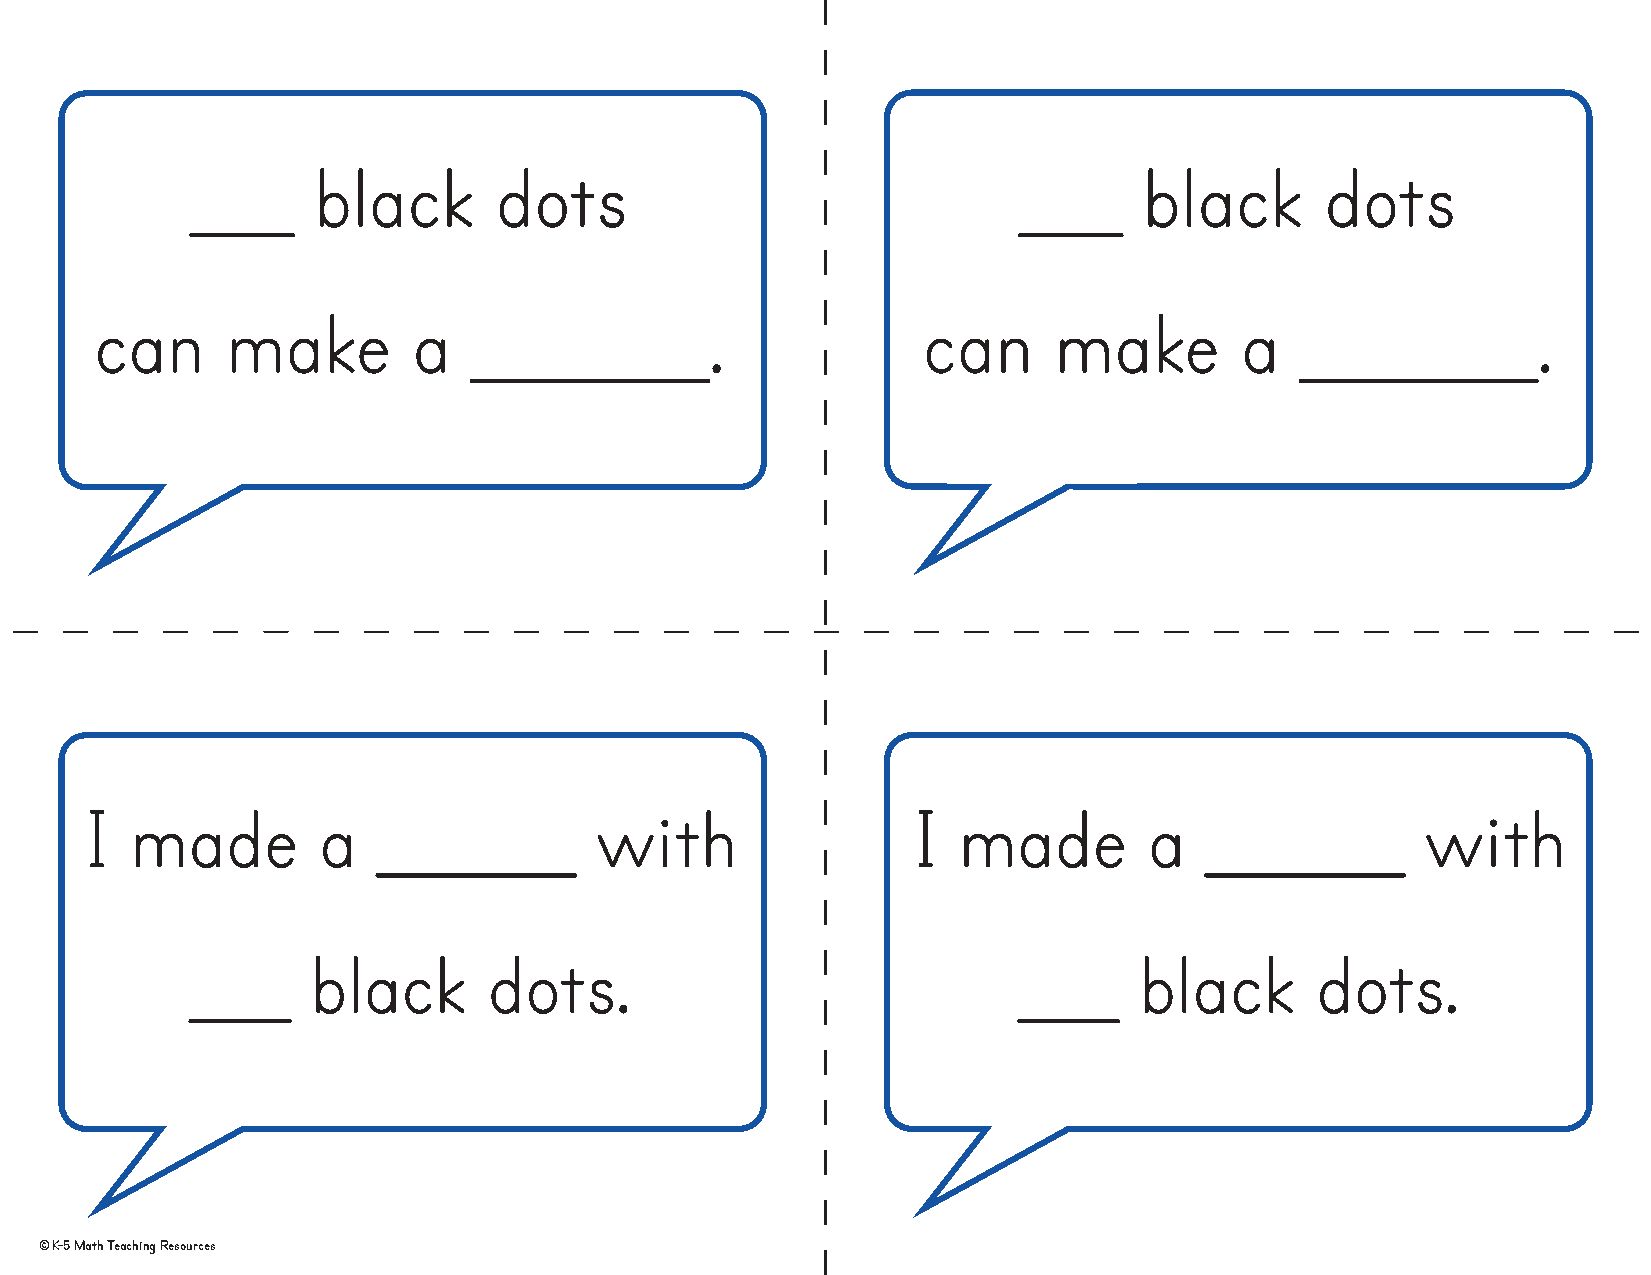
___     black       dots                               ___     black       dots
 can      make        a   _______.                      can      make        a   _______.
 I  made        a   ______        with                 I  made         a   ______        with
 ___     black      dots.                              ___     black       dots.
 © K-5 Math Teaching Resources